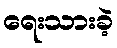
ရေးသားခဲ့